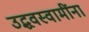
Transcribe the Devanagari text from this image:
उद्धवस्वामींना